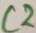
Text: C2